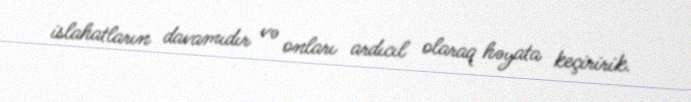
islahatların davamıdır və onları ardıcıl olaraq həyata keçiririk.